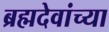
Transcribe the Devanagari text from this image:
ब्रह्मदेवांच्या